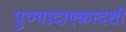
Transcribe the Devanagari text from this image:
पुण्यप्रदाएकादशी